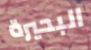
البحيرة